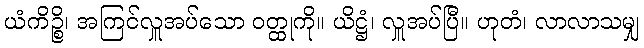
ယံကိဉ္စိ၊ အကြင်လှူအပ်သော ဝတ္ထုကို။ ယိဋ္ဌံ၊ လှူအပ်ပြီ။ ဟုတံ၊ လာလာသမျှ